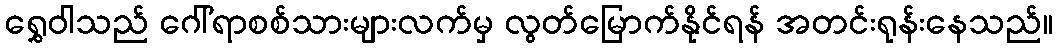
ရွှေဝါသည် ဂေါ်ရာစစ်သားများလက်မှ လွတ်မြောက်နိုင်ရန် အတင်းရုန်းနေသည်။